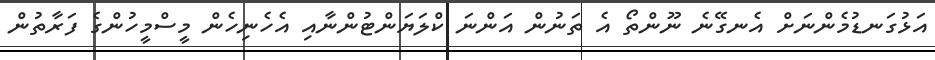
އަޅުގަނޑުމެންނަށް އެނގޭނެ ނޫންތޯ އެ ތަނުން އަންނަ ކްލަޔަންޓުންނާއި އެހެނިހެން މީސްމީހުންގެ ފަރާތުން